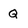
Character: Q